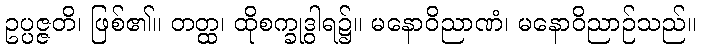
ဥပ္ပဇ္ဇတိ၊ ဖြစ်၏။ တတ္ထ၊ ထိုစက္ခုဒွါရ၌။ မနောဝိညာဏံ၊ မနောဝိညာဉ်သည်။